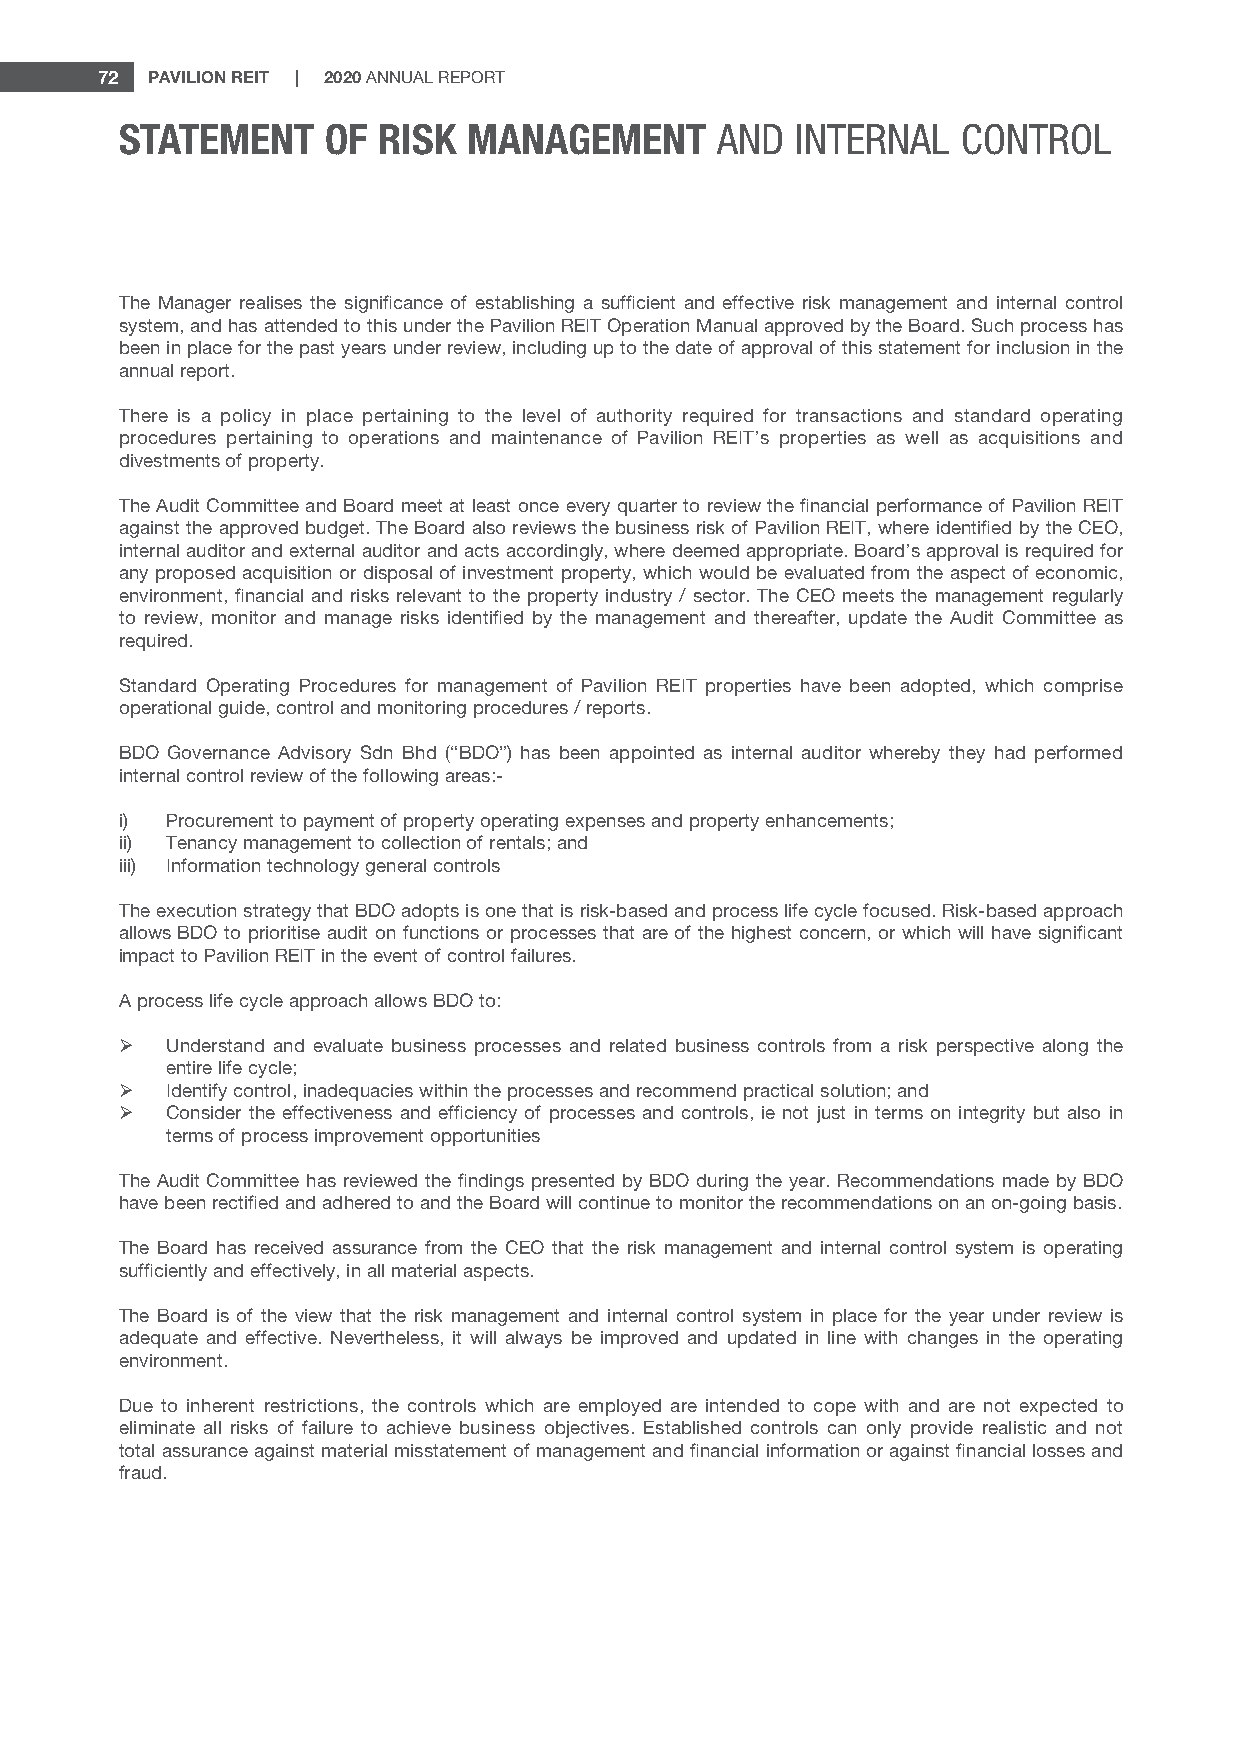
72 PAVILION REIT | 2020 ANNUAL REPORT
 STATEMENT     OF RISK  MANAGEMENT       AND  INTERNAL   CONTROL
 The Manager realises the significance of establishing a sufficient and effective risk management and internal control
 system, and has attended to this under the Pavilion REIT Operation Manual approved by the Board. Such process has
 been in place for the past years under review, including up to the date of approval of this statement for inclusion in the
 annual report.
 There is a policy in place pertaining to the level of authority required for transactions and standard operating
 procedures pertaining to operations and maintenance of Pavilion REIT’s properties as well as acquisitions and
 divestments of property.
 The Audit Committee and Board meet at least once every quarter to review the financial performance of Pavilion REIT
 against the approved budget. The Board also reviews the business risk of Pavilion REIT, where identified by the CEO,
 internal auditor and external auditor and acts accordingly, where deemed appropriate. Board’s approval is required for
 any proposed acquisition or disposal of investment property, which would be evaluated from the aspect of economic,
 environment, financial and risks relevant to the property industry / sector. The CEO meets the management regularly
 to review, monitor and manage risks identified by the management and thereafter, update the Audit Committee as
 required.
 Standard Operating Procedures for management of Pavilion REIT properties have been adopted, which comprise
 operational guide, control and monitoring procedures / reports.
 BDO Governance Advisory Sdn Bhd (“BDO”) has been appointed as internal auditor whereby they had performed
 internal control review of the following areas:-
 i) Procurement to payment of property operating expenses and property enhancements;
 ii) Tenancy management to collection of rentals; and
 iii) Information technology general controls
 The execution strategy that BDO adopts is one that is risk-based and process life cycle focused. Risk-based approach
 allows BDO to prioritise audit on functions or processes that are of the highest concern, or which will have significant
 impact to Pavilion REIT in the event of control failures.
 A process life cycle approach allows BDO to:
   Understand and evaluate business processes and related business controls from a risk perspective along the
 entire life cycle;
   Identify control, inadequacies within the processes and recommend practical solution; and
   Consider the effectiveness and efficiency of processes and controls, ie not just in terms on integrity but also in
 terms of process improvement opportunities
 The Audit Committee has reviewed the findings presented by BDO during the year. Recommendations made by BDO
 have been rectified and adhered to and the Board will continue to monitor the recommendations on an on-going basis.
 The Board has received assurance from the CEO that the risk management and internal control system is operating
 sufficiently and effectively, in all material aspects.
 The Board is of the view that the risk management and internal control system in place for the year under review is
 adequate and effective. Nevertheless, it will always be improved and updated in line with changes in the operating
 environment.
 Due to inherent restrictions, the controls which are employed are intended to cope with and are not expected to
 eliminate all risks of failure to achieve business objectives. Established controls can only provide realistic and not
 total assurance against material misstatement of management and financial information or against financial losses and
 fraud.